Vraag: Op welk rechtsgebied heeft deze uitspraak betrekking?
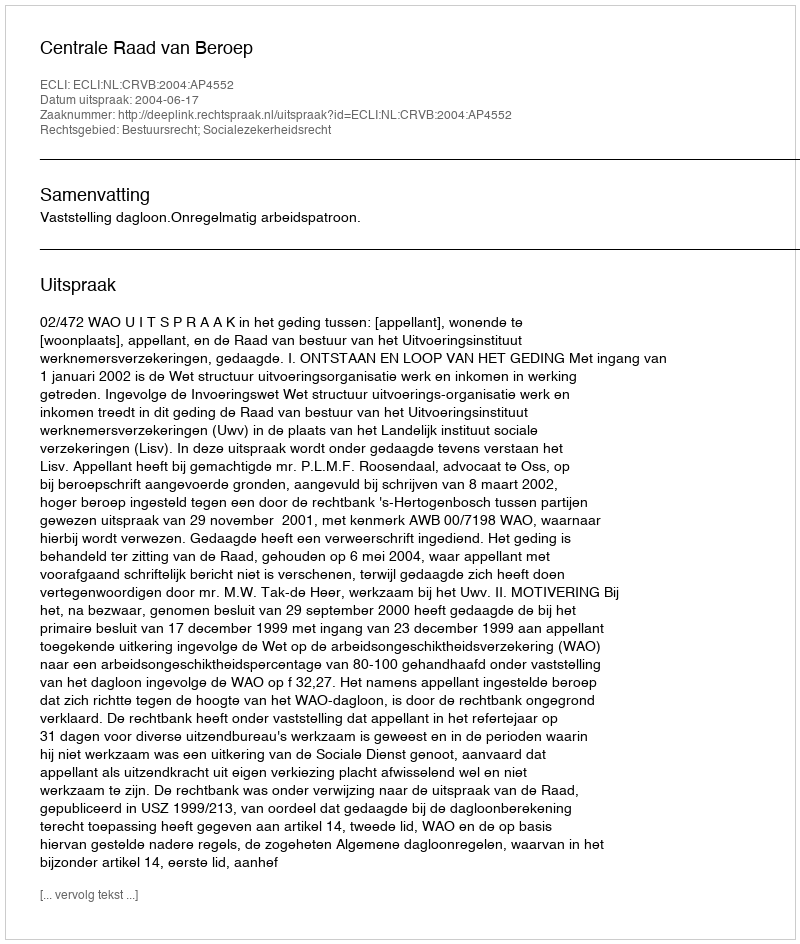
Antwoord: Bestuursrecht; Socialezekerheidsrecht